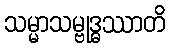
သမ္မာသမ္ဗုဒ္ဓဿာတိ